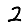
Digit: 2